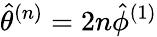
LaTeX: \hat{\theta}^{(n)}=2n\hat{\phi}^{(1)}